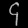
Digit: ၄